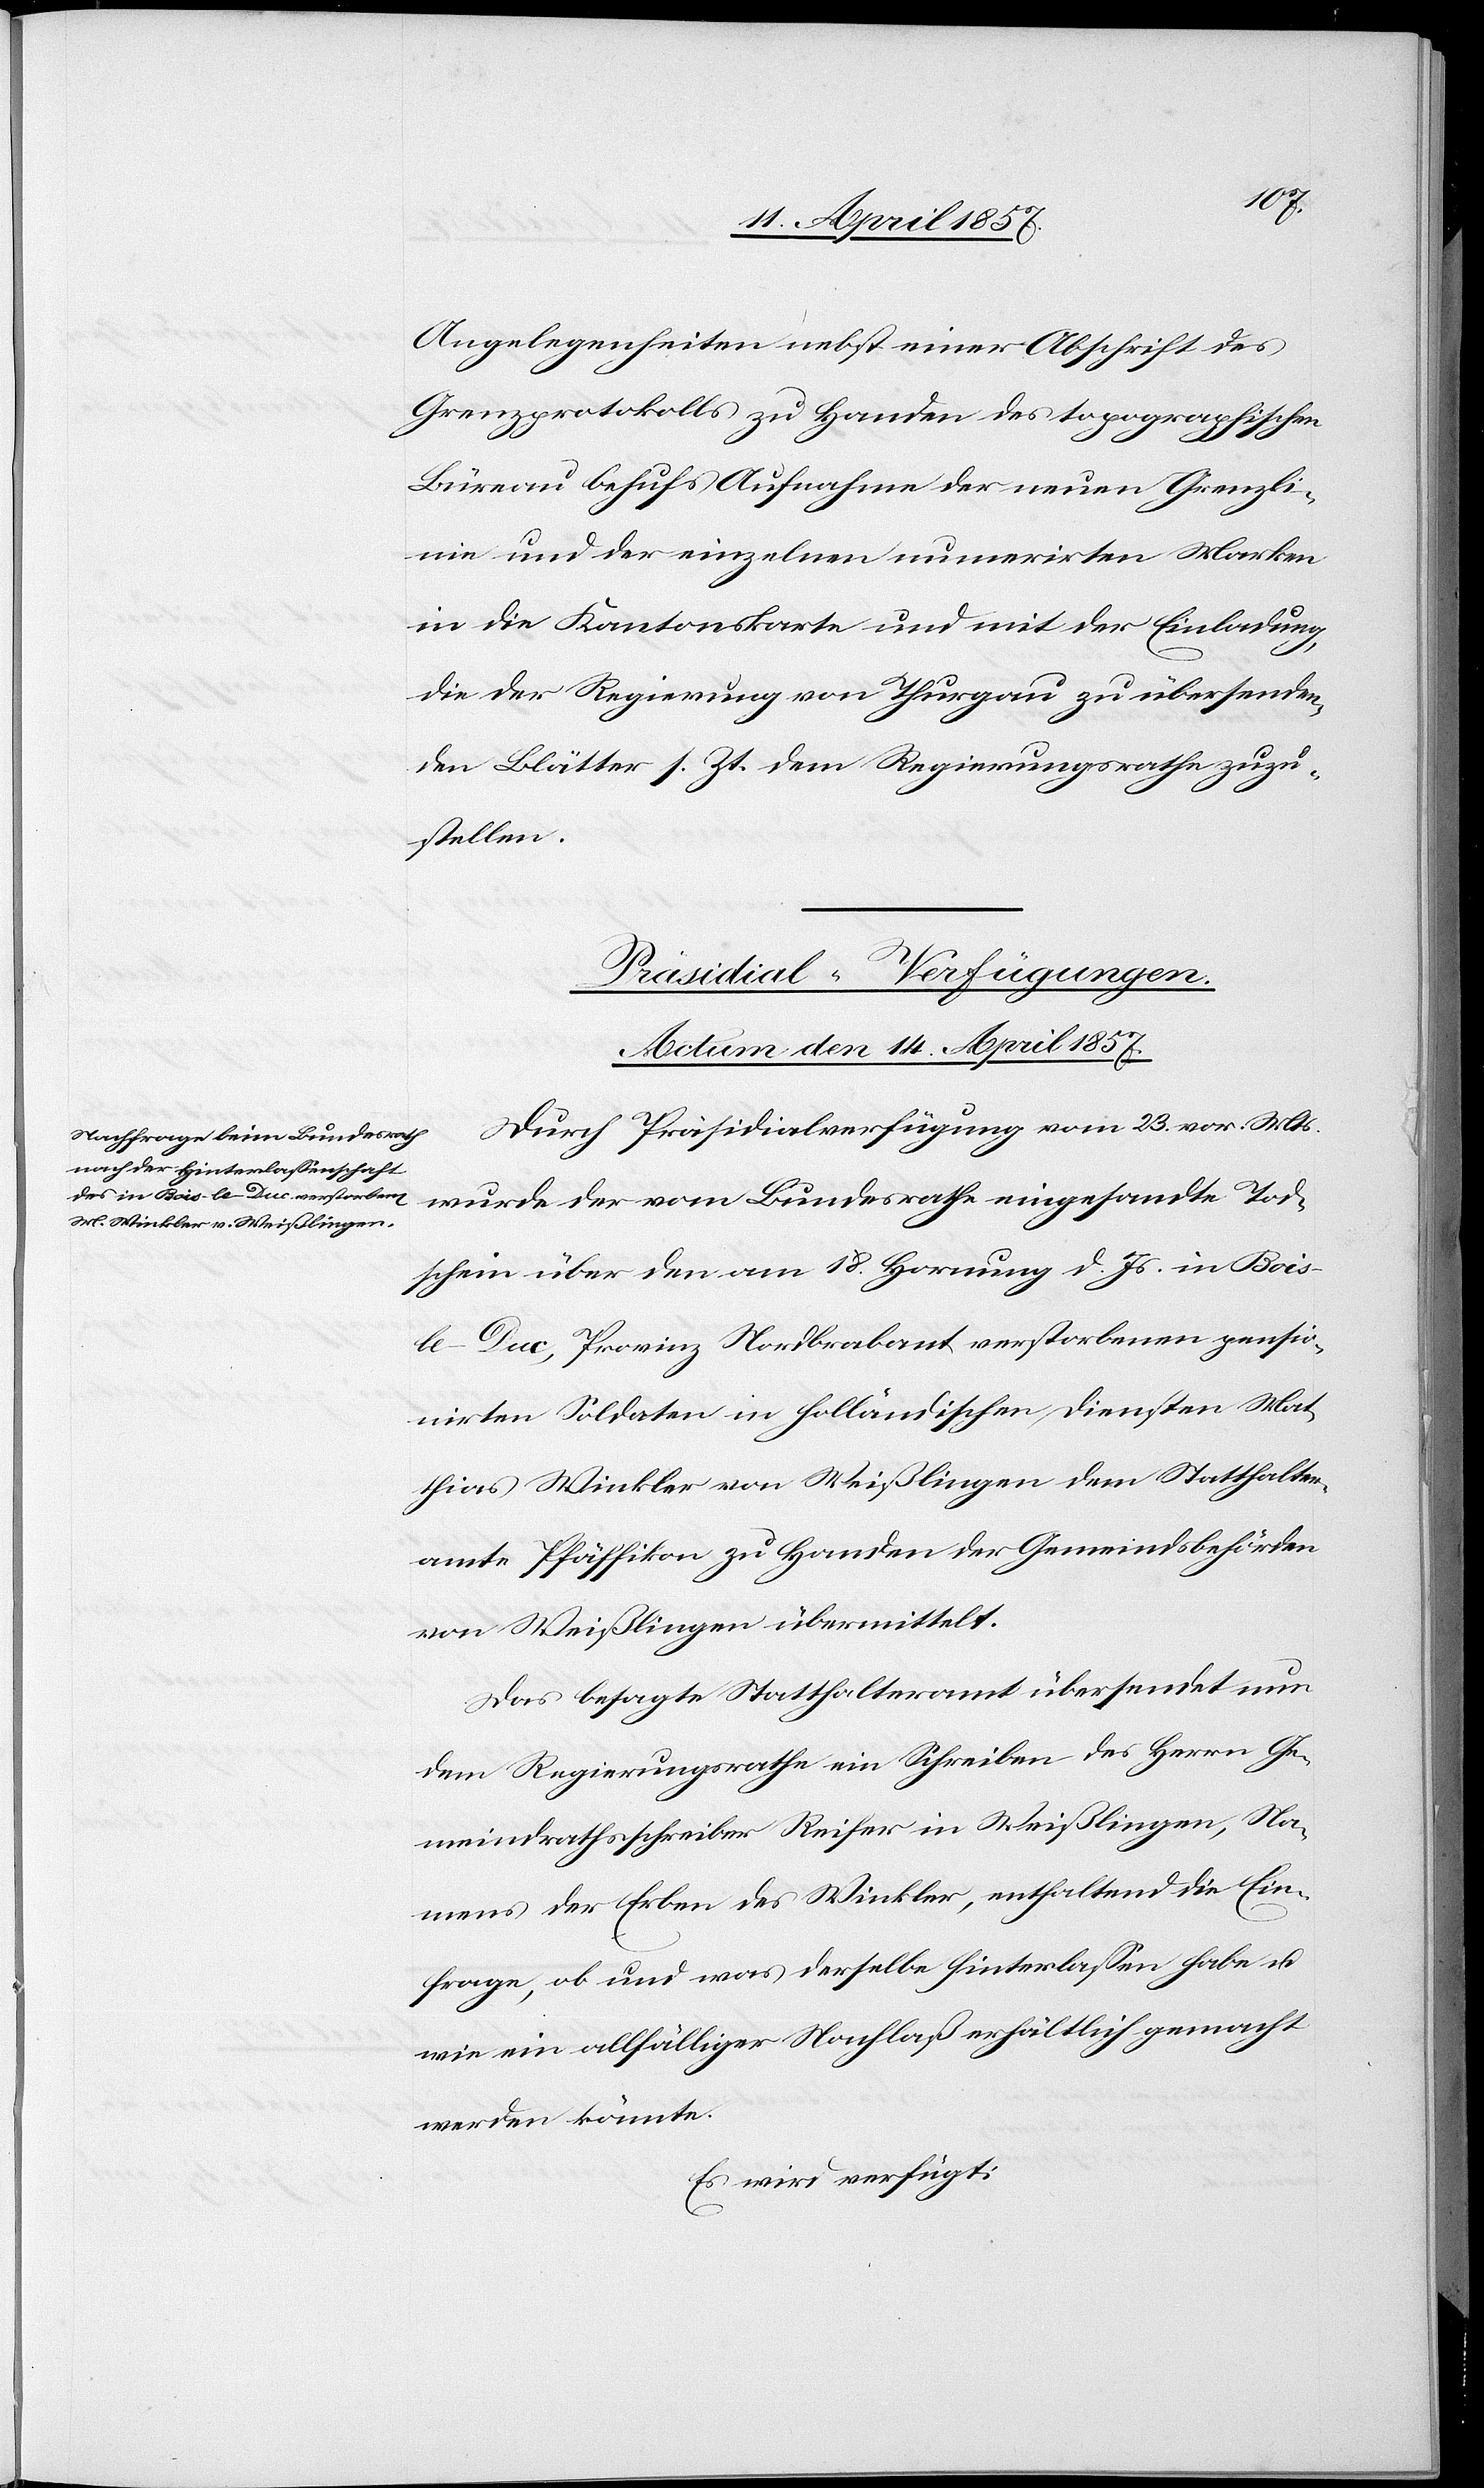
Angelegenheiten nebst einer Abschrift des
Grenzprotokolls zu Handen des topographischen
Büreau behufs Aufnahme der neuen Grenzli¬
nie und der einzelnen numerirten Marken
in die Kantonskarte und mit der Einladung,
die der Regierung von Thurgau zu übersenden¬
den Blätter s. Zt. dem Regierungsrathe zuzu¬
stellen.
Präsidial-Verfügungen.
Actum den 14. April 1857.
Durch Präsidialverfügung vom 23. vor. Mts.
wurde der vom Bundesrathe eingesandte Tod¬
schein über den am 18. Hornung d. Js. in Bois-l¬
e-Duc, Provinz Nordbrabant verstorbenen pensio¬
nirten Soldaten in holländischen Diensten Mat¬
thias Winkler von Weißlingen dem Statthalter¬
amte Pfäffikon zu Handen der Gemeindsbehörden
von Weißlingen übermittelt.
Das besagte Statthalteramt übersendet nun
dem Regierungsrathe ein Schreiben des Herrn Ge¬
meindrathsschreiber Reifer in Weißlingen, Na¬
mens der Erben des Winkler, enthaltend die Ein¬
frage, ob und was derselbe hinterlassen habe u.
wie ein allfälliger Nachlaß erhältlich gemacht
werden könnte.
Es wird verfügt: